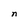
Character: n